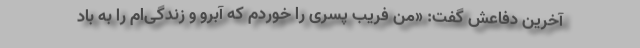
آخرین دفاعش گفت: «من فریب پسری را خوردم که آبرو و زندگی‌ام را به باد